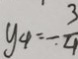
y _ { 4 } = - \frac { 3 } { 4 }